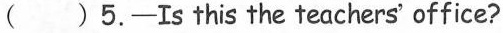
( ) 5.-Is this the teachers' office?